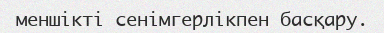
меншікті сенімгерлікпен басқару.